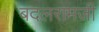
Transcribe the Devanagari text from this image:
बदलरामजी